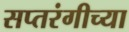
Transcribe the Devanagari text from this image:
सप्तरंगीच्या